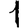
Digit: 1